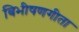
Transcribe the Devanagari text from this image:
बिभीषणगीता